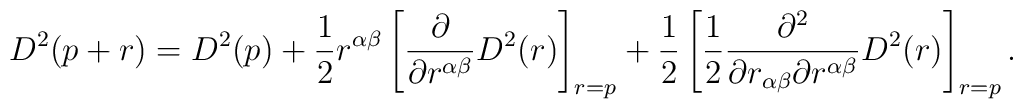
D^2 (p+r) = D^2 (p) + \frac{1}{2} r^{\alpha\beta} \left  [ \frac{\partial}{\partial r^{\alpha\beta}} D^2(r)\right]_{r=p} +  \frac{1}{2} \left[ \frac{1}{2} \frac{\partial^2}{\partial  r_{\alpha\beta} \partial r^{\alpha\beta}} D^2 (r) \right]_{r=p} .